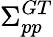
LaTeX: \Sigma_{pp}^{GT}